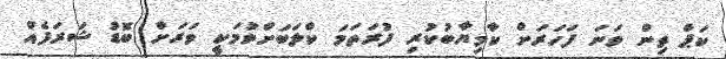
ކަޕް ތިން ވަނަ ފަހަރަށް ކާމިޔާބުކުރި ފުރަތަމަ ކްލަބަށްވުމަކީ ވަރަށް ބޮޑު ޝަރަފެއް